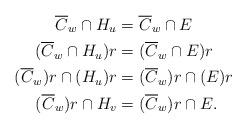
LaTeX: \begin{align*}\overline{C}_w \cap H_u & = \overline{C}_w \cap E\\(\overline{C}_w \cap H_u)r & = (\overline{C}_w \cap E)r\\(\overline{C}_w)r \cap (H_u)r & = (\overline{C}_w)r \cap (E)r\\(\overline{C}_w)r \cap H_v & = (\overline{C}_w)r \cap E.\end{align*}